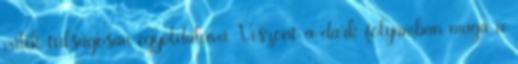
válik túlságosan egyoldalúvá. Viszont a dark folyamban maga a